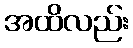
အထိလည်း